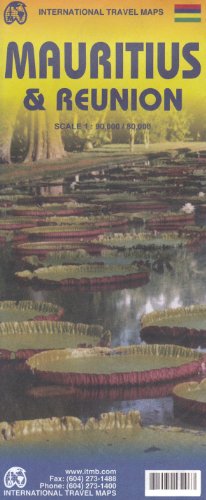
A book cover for Rodrigues Island, Mauritius & Reunion (Indian Ocean) 1:80/90,000 Visitor's Map ITMB, 2013 edition; ITMB Canada; Travel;